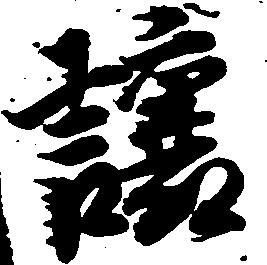
譲